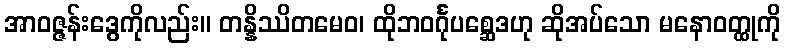
အာဝဇ္ဇန်းဒွေကိုလည်း။ တန္နိဿိတမေဝ၊ ထိုဘဝင်္ဂုပစ္ဆေဒဟု ဆိုအပ်သော မနောဝတ္ထုကို